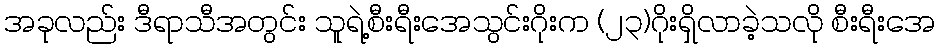
အခုလည်း ဒီရာသီအတွင်း သူရဲ့စီးရီးအေသွင်းဂိုးက (၂၃)ဂိုးရှိလာခဲ့သလို စီးရီးအေ